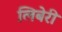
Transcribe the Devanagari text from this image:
लिबेरी